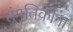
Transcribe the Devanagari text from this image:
तुंगतिकोना